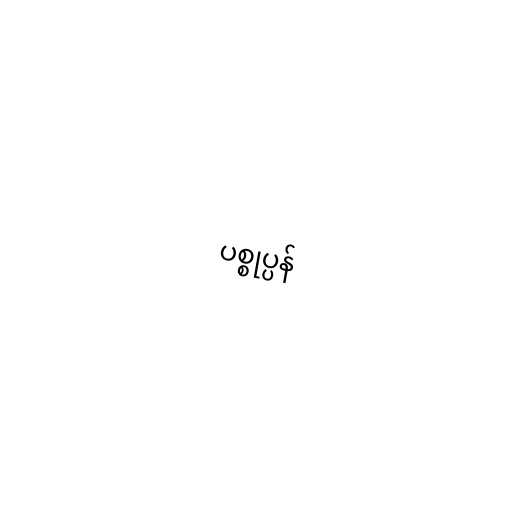
ပစ္စုပ္ပန်